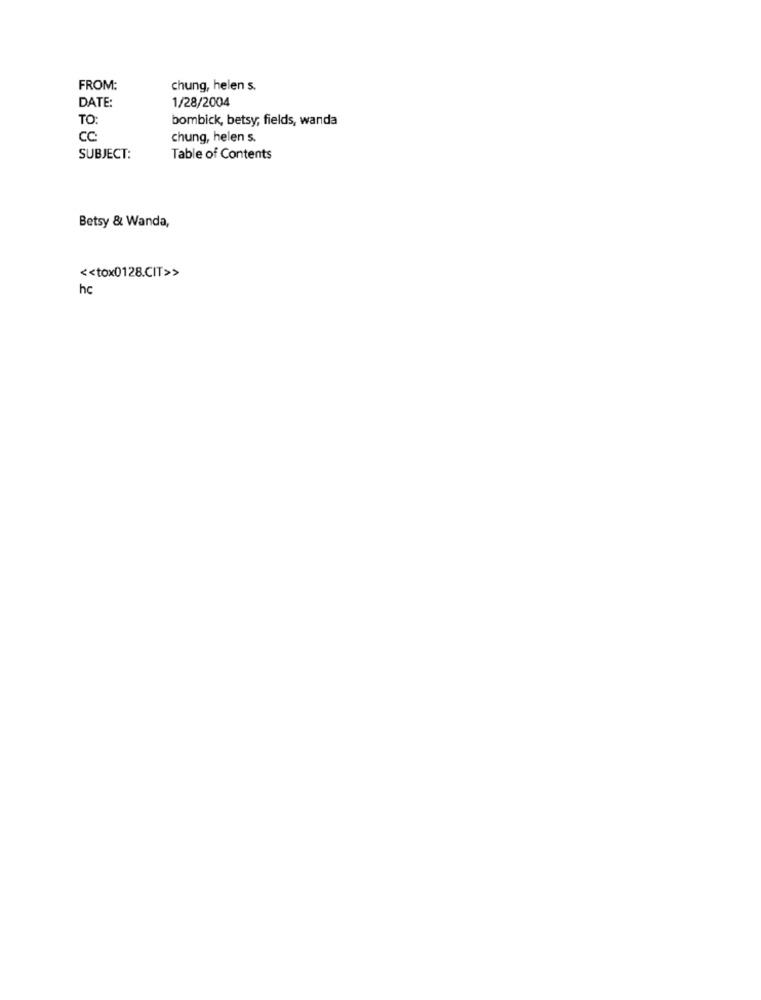
FROM:
chung, helen s.
DATE:
1/28/2004
TO:
bombick, betsy, fields, wanda
CC:
chung, helen s.
SUBJECT:
Table of Contents
Betsy & Wanda,
<< tox0128.CIT>>
hc